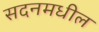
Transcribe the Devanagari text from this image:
सदनमधील